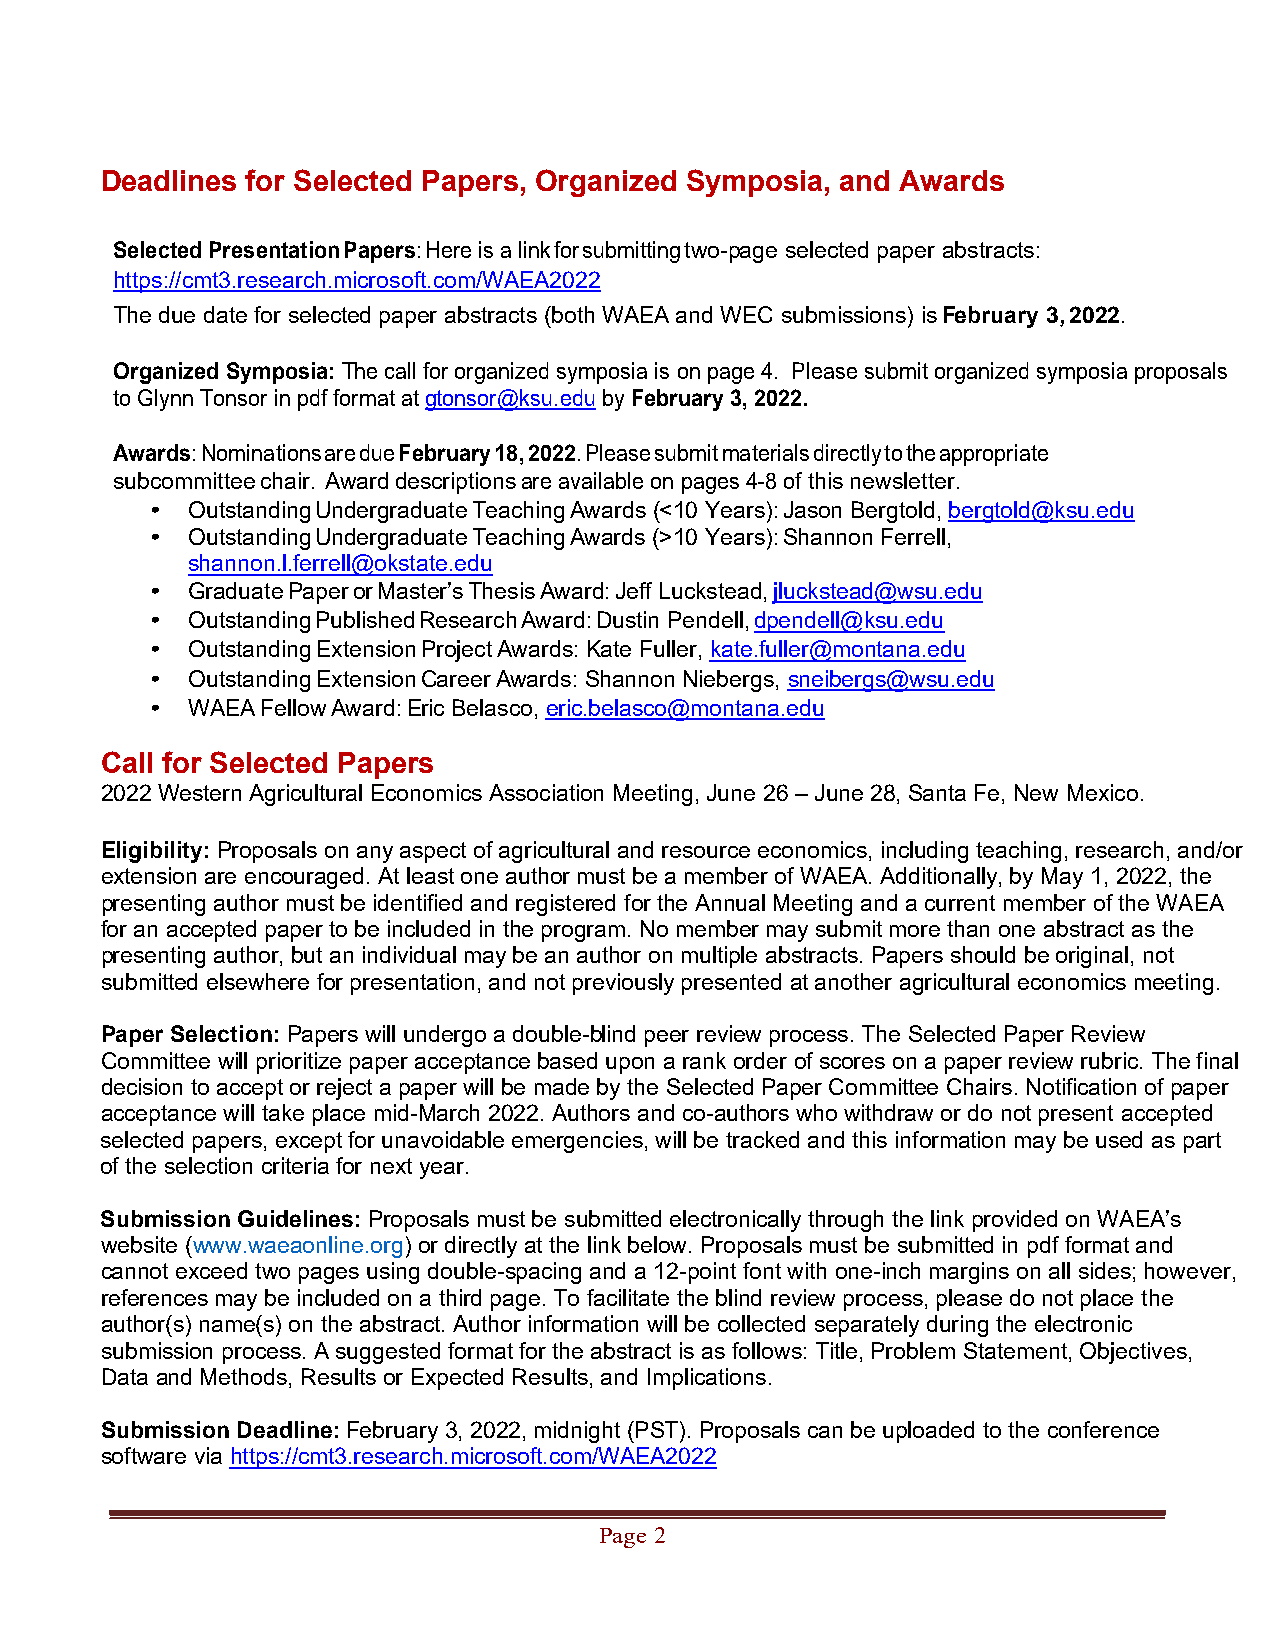
Deadlines for Selected Papers, Organized Symposia, and Awards
 Selected Presentation Papers: Here is a link for submitting two-page selected paper abstracts:
 https://cmt3.research.microsoft.com/WAEA2022
 The due date for selected paper abstracts (both WAEA and WEC submissions) is February 3, 2022.
 Organized Symposia: The call for organized symposia is on page 4. Please submit organized symposia proposals
 to Glynn Tonsor in pdf format at gtonsor@ksu.edu by February 3, 2022.
 Awards: Nominations are due February 18, 2022. Please submit materials directly to the appropriate
 subcommittee chair. Award descriptions are available on pages 4-8 of this newsletter.
 • Outstanding Undergraduate Teaching Awards (<10 Years): Jason Bergtold, bergtold@ksu.edu
 • Outstanding Undergraduate Teaching Awards (>10 Years): Shannon Ferrell,
 shannon.l.ferrell@okstate.edu
 • Graduate Paper or Master’s Thesis Award: Jeff Luckstead, jluckstead@wsu.edu
 • Outstanding Published Research Award: Dustin Pendell, dpendell@ksu.edu
 • Outstanding Extension Project Awards: Kate Fuller, kate.fuller@montana.edu
 • Outstanding Extension Career Awards: Shannon Niebergs, sneibergs@wsu.edu
 • WAEA Fellow Award: Eric Belasco, eric.belasco@montana.edu
 Call for Selected Papers
 2022 Western Agricultural Economics Association Meeting, June 26 – June 28, Santa Fe, New Mexico.
 Eligibility: Proposals on any aspect of agricultural and resource economics, including teaching, research, and/or
 extension are encouraged. At least one author must be a member of WAEA. Additionally, by May 1, 2022, the
 presenting author must be identified and registered for the Annual Meeting and a current member of the WAEA
 for an accepted paper to be included in the program. No member may submit more than one abstract as the
 presenting author, but an individual may be an author on multiple abstracts. Papers should be original, not
 submitted elsewhere for presentation, and not previously presented at another agricultural economics meeting.
 Paper Selection: Papers will undergo a double-blind peer review process. The Selected Paper Review
 Committee will prioritize paper acceptance based upon a rank order of scores on a paper review rubric. The final
 decision to accept or reject a paper will be made by the Selected Paper Committee Chairs. Notification of paper
 acceptance will take place mid-March 2022. Authors and co-authors who withdraw or do not present accepted
 selected papers, except for unavoidable emergencies, will be tracked and this information may be used as part
 of the selection criteria for next year.
 Submission Guidelines: Proposals must be submitted electronically through the link provided on WAEA’s
 website (www.waeaonline.org) or directly at the link below. Proposals must be submitted in pdf format and
 cannot exceed two pages using double-spacing and a 12-point font with one-inch margins on all sides; however,
 references may be included on a third page. To facilitate the blind review process, please do not place the
 author(s) name(s) on the abstract. Author information will be collected separately during the electronic
 submission process. A suggested format for the abstract is as follows: Title, Problem Statement, Objectives,
 Data and Methods, Results or Expected Results, and Implications.
 Submission Deadline: February 3, 2022, midnight (PST). Proposals can be uploaded to the conference
 software via https://cmt3.research.microsoft.com/WAEA2022
 Page 2